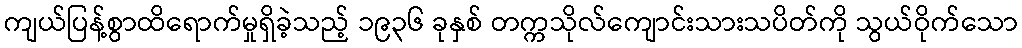
ကျယ်ပြန့်စွာထိရောက်မှုရှိခဲ့သည့် ၁၉၃၆ ခုနှစ် တက္ကသိုလ်ကျောင်းသားသပိတ်ကို သွယ်ဝိုက်သော